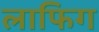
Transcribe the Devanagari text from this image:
लाफिग